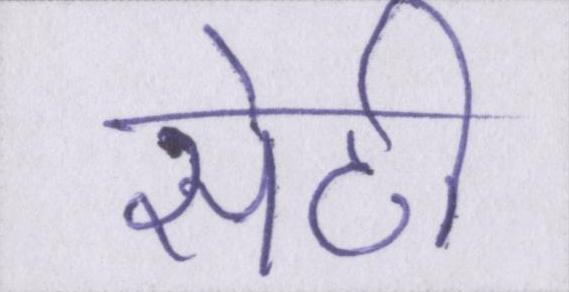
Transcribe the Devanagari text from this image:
सेठी